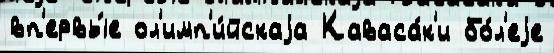
вп'ервы́е ол'имп'и́йскаjа Каваса́к'и бо́л'еjе